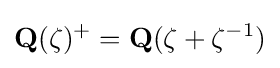
\mathbf {Q} (\zeta )^{+}=\mathbf {Q} (\zeta +\zeta ^{-1})